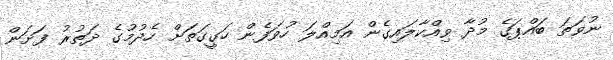
ނުވަތަ ބައްޕަގެ މުދާ ވިއްކާލައިގެން އަމިއްލަ ހުވަފެން ހަގީގަތަށް ހެދުމުގެ ދަތުރު ފަށަން